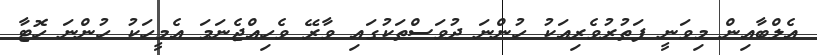
އެލްބާއިން މިވަނީ ފަތުރުވެރިއަކު ހުންނަ ދުވަސްތަކުގައި ވާރޭ ވެހިއްޖެނަމަ އެމީހަކު ހުންނަ ހޮޓާ